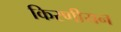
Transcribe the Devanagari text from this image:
किरणीयन